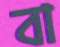
বা